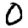
Digit: 0